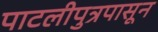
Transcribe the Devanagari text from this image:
पाटलीपुत्रपासून